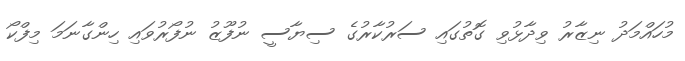
މުހައްމަދު ނިޒާރު ވިދާޅުވި ގޮތުގައި ސަރުކާރުގެ ސިޔާސީ ނުފޫޒު ނުފޯރުވައި ހިންގާނަމަ މިފްކޯ